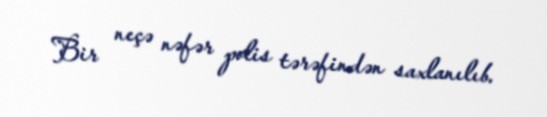
Bir neçə nəfər polis tərəfindən saxlanılıb.